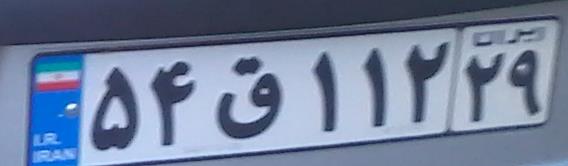
۵۴ق۱۱۲۲۹